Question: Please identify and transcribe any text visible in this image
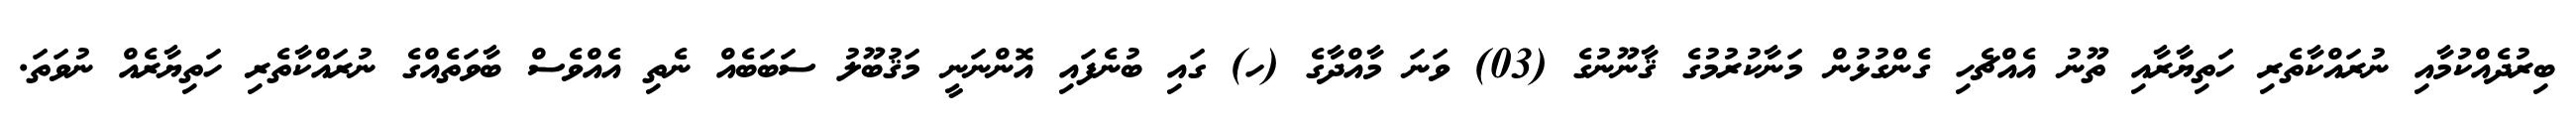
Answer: ބިރުދެއްކުމާއި ނުރައްކާތެރި ހަތިޔާރާއި ތޫނު އެއްޗެހި ގެންގުޅުން މަނާކުރުމުގެ ޤާނޫނުގެ (03) ވަނަ މާއްދާގެ (ހ) ގައި ބުނެފައި އޮންނަނީ މަޤުބޫލު ސަބަބެއް ނެތި އެއްވެސް ބާވަތެއްގެ ނުރައްކާތެރި ހަތިޔާރެއް ނުވަތަ.